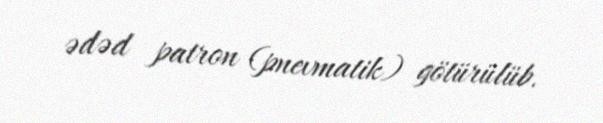
ədəd patron (pnevmatik) götürülüb.